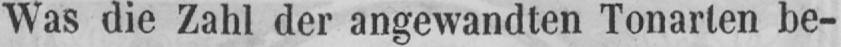
Was die Zahl der angewandten Tonarten be-